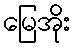
မြေအိုး